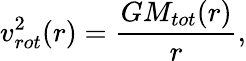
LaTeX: v_{rot}^{2}(r)=\frac{GM_{tot}(r)}{r},